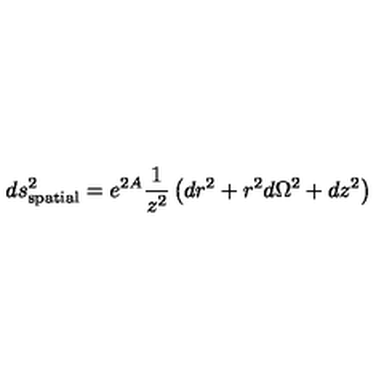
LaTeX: d s _ { \mathrm { s p a t i a l } } ^ { 2 } = e ^ { 2 A } \frac { 1 } { z ^ { 2 } } \left( d r ^ { 2 } + r ^ { 2 } d \Omega ^ { 2 } + d z ^ { 2 } \right)